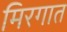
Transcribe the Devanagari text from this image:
मिरगात